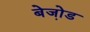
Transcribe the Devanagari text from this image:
बेजो़ड